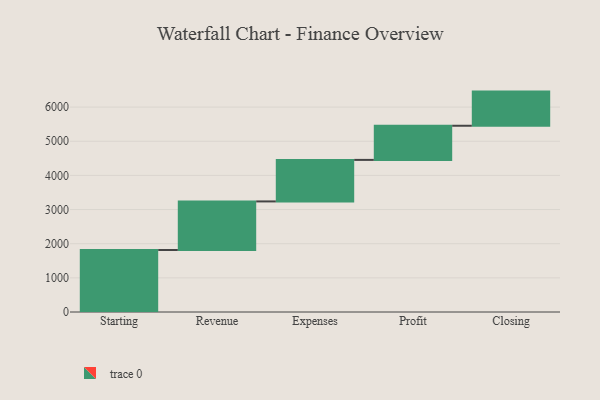
{"axis": {"x": "Step", "y": "Value"}, "legend": [""], "data": [{"x": "Starting", "y": 1816.0, "type": ""}, {"x": "Revenue", "y": 1422.0, "type": ""}, {"x": "Expenses", "y": 1216.0, "type": ""}, {"x": "Profit", "y": 1000, "type": ""}, {"x": "Closing", "y": 1000, "type": ""}]}